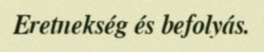
Eretnekség és befolyás.